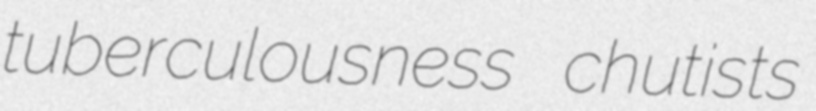
tuberculousness chutists